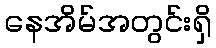
နေအိမ်အတွင်းရှိ